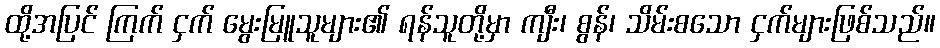
ထို့အပြင် ကြက် ငှက် မွေးမြူသူများ၏ ရန်သူတို့မှာ ကျီး၊ စွန်၊ သိမ်းစသော ငှက်များဖြစ်သည်။